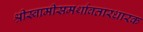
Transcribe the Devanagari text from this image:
श्रीस्वामीसमर्थावतारधारक